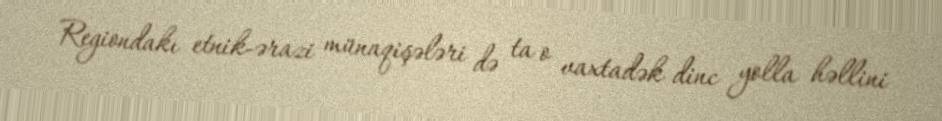
Regiondakı etnik-ərazi münaqişələri də ta o vaxtadək dinc yolla həllini